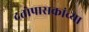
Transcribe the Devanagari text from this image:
दत्तोपासकांच्या